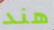
هند